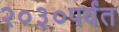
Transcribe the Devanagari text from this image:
२०३०पर्यंत